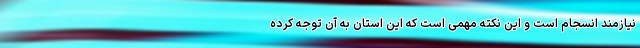
نیازمند انسجام است و این نکته مهمی است که این استان به آن توجه کرده